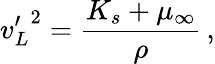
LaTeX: {v_{L}^{\prime}}^{2}=\frac{K_{s}+\mu_{\infty}}{\rho}\, ,